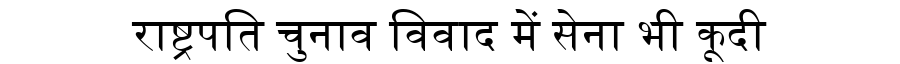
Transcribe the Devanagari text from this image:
राष्ट्रपति चुनाव विवाद में सेना भी कूदी